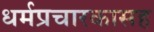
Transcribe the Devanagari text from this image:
धर्मप्रचारकासह